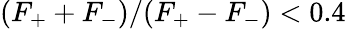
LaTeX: (F_{+}+F_{-})/(F_{+}-F_{-})<0.4